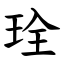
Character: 㻇